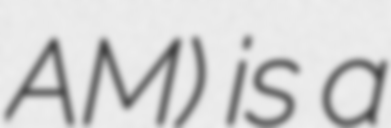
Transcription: AM) is a